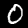
Digit: 0